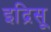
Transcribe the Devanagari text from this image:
इद्रिसू